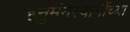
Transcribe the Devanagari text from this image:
हनुमंनस्वामींच्या